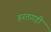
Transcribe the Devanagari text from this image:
हरतगड़ी